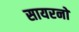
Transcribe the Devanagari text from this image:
सायरनों